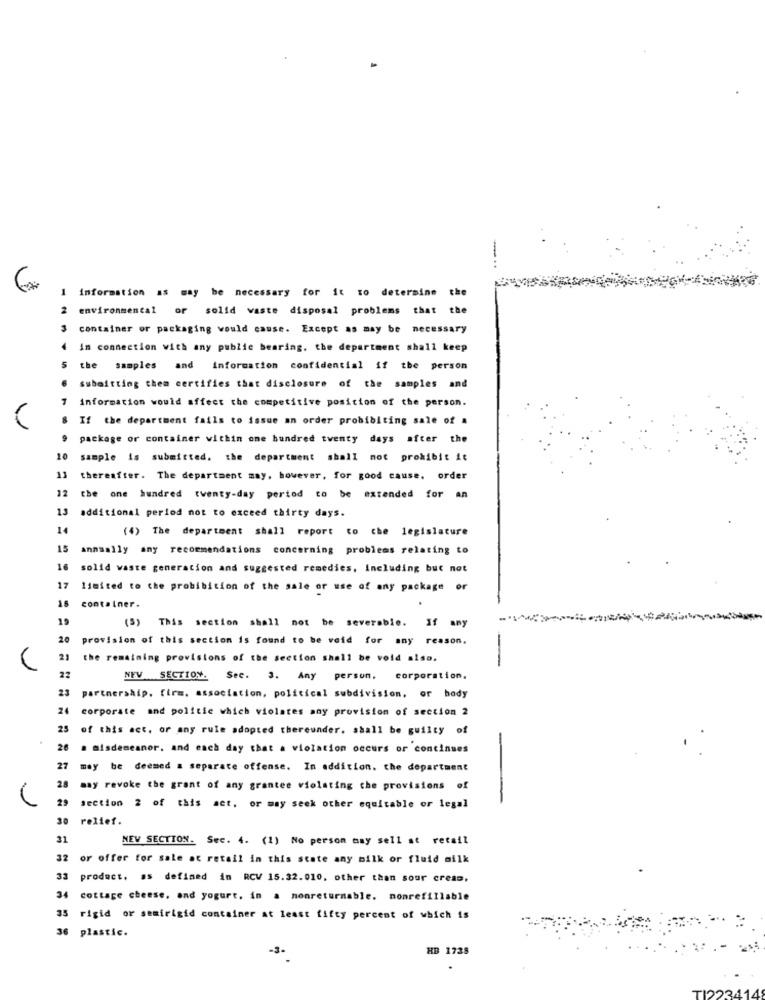
-
information as may be necessary for it to determine the
2 environmental or solid waste disposal problems that the
3 container or packaging would cause. Except as may be necessary
In connection with any public bearing. the department shall keep
the samples and information confidential if the person
submitting thea certifies that disclosure of the samples and
information would affect the competitive position of the person.
If the department fails to issue an order probibiting sale of a
package or container within one hundred twenty days after the
10
sample is submitted. the department shall not prohibit it
11
thereafter. The department may, however, for good cause. order
12
the one hundred twenty-day period to be extended for an
13
additional period not to exceed thirty days.
14
(4) The department shall report to che legislature
15
annaally any recommendations concerning problems relating to
16
solid waste generation and suggested remedies, Including but not
17
limited to the probibition of the sale or use of any package or
15
container.
19
(5) This section shall not be severable. If any
20
provision of this section is found to be veid for any reason.
21
the remaining provisions of the section shall be void also.
-
22
NEV SECTION. Sec. 3. Any person. corporation,
23
partnership. firm. association, political subdivision, or body
26
corporate and politie which violates any provision of section 2
25
of this act, or any rule adopted thereunder. shall be guilty of
26
# misdemeanor. and each day that a violation occurs or continues
27
may be deemed a separate offense. In addition, the department
28
asy revoke the grant of any grantee violating the provisions of
-
29 section 2 of this act. or may seek other equitable or legal
30
relief.
31
NEV SECTION. Sec. 4. (1) No person may sell at retail
32
or offer for sale at retail in this state any milk or fluid milk
product. as defined in RCV 15.32.010, other than sour cream,
34
cottage cheese, and yogurt, in a nonreturnable. nonrefillable
35 rigid or semirigid container at least fifty percent of which is
36 plastic.
HB 1735
-3-